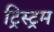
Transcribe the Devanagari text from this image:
ट्रिस्ट्रम